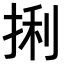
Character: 𪭼